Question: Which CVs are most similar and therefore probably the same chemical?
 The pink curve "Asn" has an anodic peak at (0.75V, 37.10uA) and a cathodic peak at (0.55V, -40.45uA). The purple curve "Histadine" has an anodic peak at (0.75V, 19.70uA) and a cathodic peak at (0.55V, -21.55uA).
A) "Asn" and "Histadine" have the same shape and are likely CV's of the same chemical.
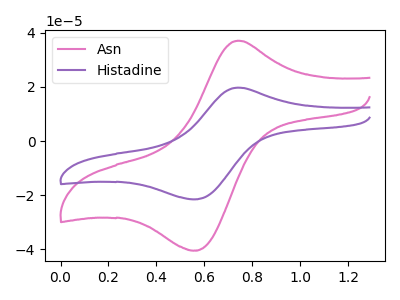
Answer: <think>All the peaks in "Asn" have a peak in "Histadine" at the same potential. Every peak in "Asn" is higher than every peak in "Histadine".
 </think>
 <answer>A) "Asn" and "Histadine" have the same shape and are likely CV's of the same chemical.</answer>
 <eval>A</eval>